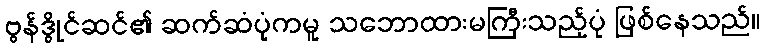
ဗွန်ဒွိုင်ဆင်၏ ဆက်ဆံပုံကမူ သဘောထားမကြီးသည့်ပုံ ဖြစ်နေသည်။